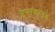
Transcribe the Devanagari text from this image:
पुस्त्तकालय